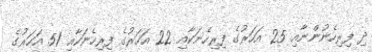
ދި ފިރިހެނުންނާއި 25 އަހަރުގެ ފިރިހެނަކާއި 22 އަހަރުގެ ފިރިހެނަކާއި 51 އަހަރުގެ